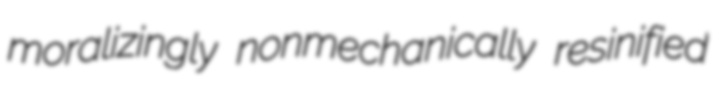
moralizingly nonmechanically resinified